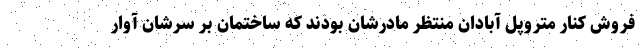
فروش کنار متروپل آبادان منتظر مادرشان بودند که ساختمان بر سرشان آوار